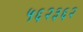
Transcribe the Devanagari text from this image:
५६२३६२